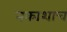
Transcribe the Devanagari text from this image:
नकाशाच